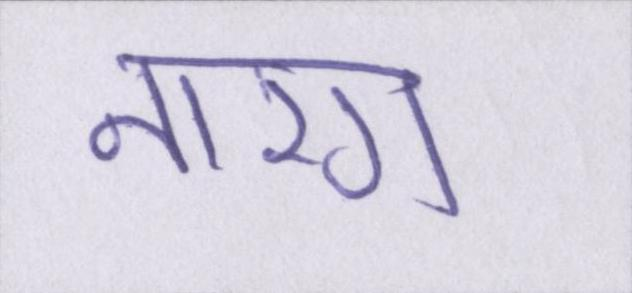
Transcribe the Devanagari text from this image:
नारंग